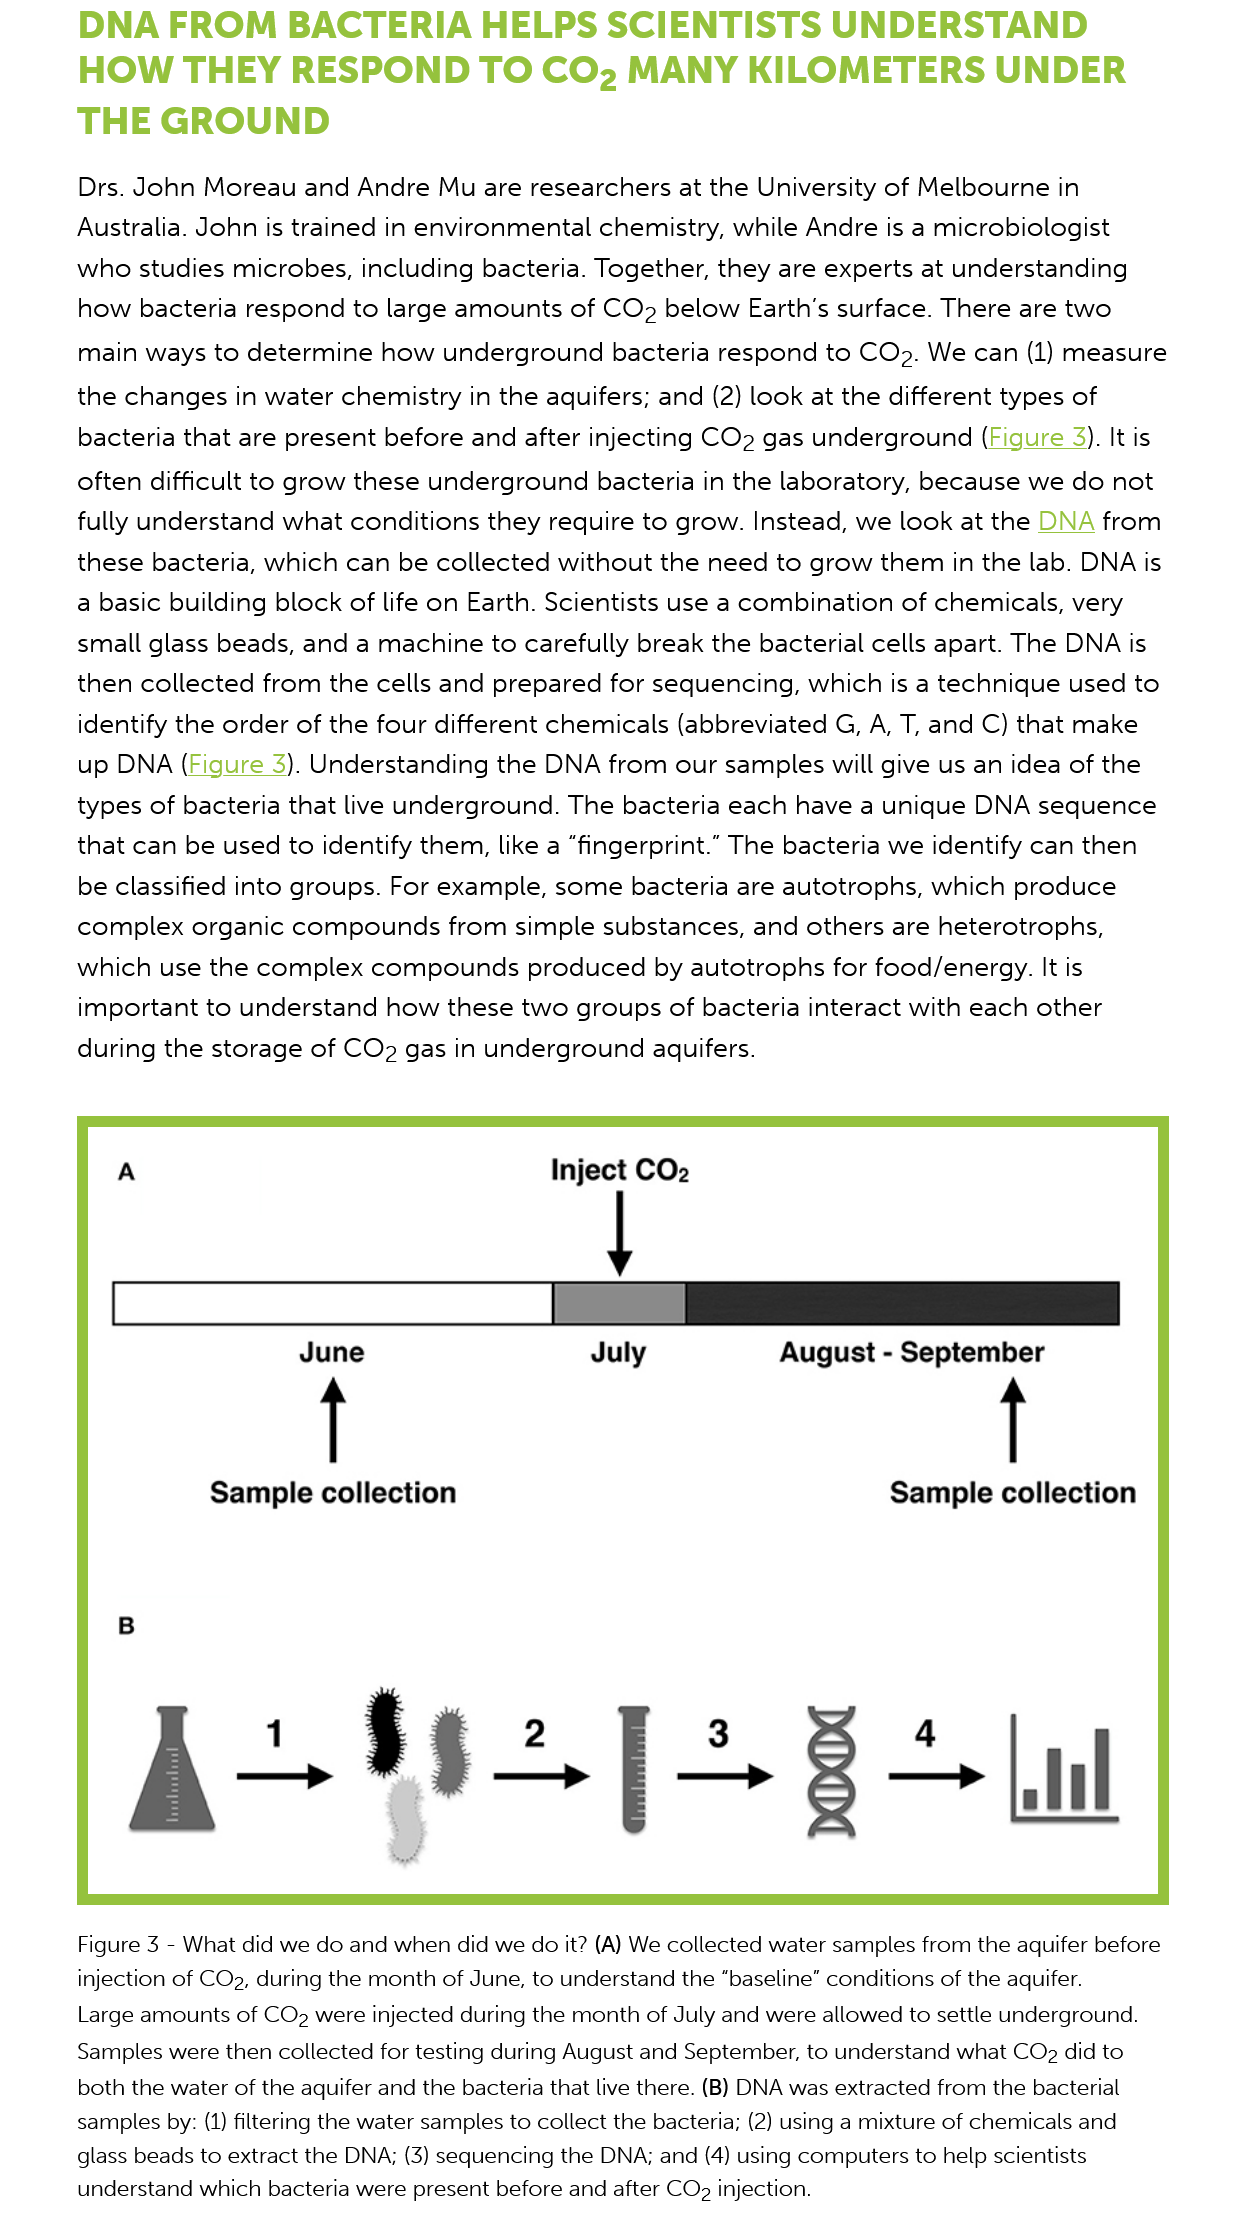
DNA    FROM    BACTERIA    HELPS   SCIENTISTS    UNDERSTAND
     HOW    THEY  RESPOND    TO    COz2   MANY    KILOMETERS    UNDER
     THE    GROUND
     Figure 3
     -
     What did we do and when did we do it? (A) We collected water samples from the aquifer before
     injection of COg, during the month of June, to understand the “baseline” conditions of the aquifer.
     Large amounts of COp2 were injected during the month of July and were allowed to settle underground.
     Samples were then collected for testing during August and September, to understand what CO2 did to
     both the water of the aquifer and the bacteria that live there. (B) DNA was extracted from the bacterial
     samples by: (1) filtering the water samples to collect the bacteria; (2) using a mixture of chemicals and
     glass beads to extract the DNA; (3) sequencing the DNA; and (4) using computers to help scientists
     understand which bacteria were present before and after CO2 injection.
     Drs. John  Moreau  and  Andre  Mu are  researchers at the University of Melbourne  in
     Australia. John is trained in environmental chemistry,  while Andre  is a microbiologist
     who studies  microbes,  including  bacteria. Together, they are experts at understanding
     how  bacteria respond   to large amounts  of COz  below  Earth's surface. There are two
     main  ways  to determine  how  underground bacteria    respond  to COz. We  can (1) measure
     the changes in  water  chemistry in the aquifers; and (2) look at the different types of
     bacteria that are present before  and after injecting CO2 gas underground    (Figure  3). It is
     often difficult to grow these underground bacteria   in the laboratory, because  we  do not
     fully understand  what conditions  they require to grow.  Instead, we look at the DNA  from
     these bacteria, which  can be  collected without  the need to grow  them  in the lab. DNA is
     a basic building block of life on Earth. Scientists use a combination of chemicals, very
     small glass beads, and  a machine to  carefully break the bacterial cells apart. The DNA is
     then collected  from  the cells and prepared for sequencing,  which is a technique  used  to
     identify the order of the four different chemicals (abbreviated G, A, T, and C) that make
     up  DNA (Figure   3). Understanding the DNA  from  our samples will give us an idea of the
     types of bacteria that live underground.  The bacteria each  have  a unique DNA   sequence
     that can be  used to identify them, like a “fingerprint.” The bacteria we identify can then
     be classified into groups. For example,  some bacteria  are autotrophs,  which  produce
     complex   organic compounds   from   simple  substances, and  others are heterotrophs,
     which  use the complex   compounds    produced   by autotrophs  for food/energy. It is
     important  to understand  how   these two groups of  bacteria interact with each  other
     during  the storage of CO2  gas in underground   aquifers.